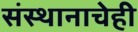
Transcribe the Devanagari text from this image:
संस्थानाचेही